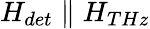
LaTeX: H_{det}\parallel H_{THz}